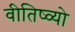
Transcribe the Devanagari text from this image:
वीतिष्व्यो